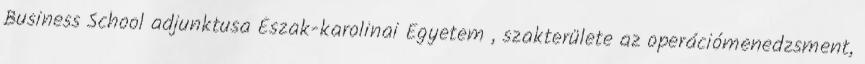
Business School adjunktusa Észak-karolinai Egyetem , szakterülete az operációmenedzsment,